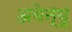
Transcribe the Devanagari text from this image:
अवेन्यू